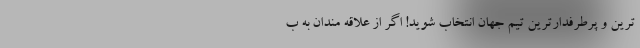
ترین و پرطرفدارترین تیم جهان انتخاب شوید! اگر از علاقه مندان به ب